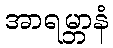
အာရမ္ဘာနံ